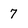
Character: 7